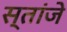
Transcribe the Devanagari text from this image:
स्तांजे